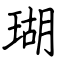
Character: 瑚